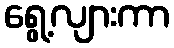
ရွေ့လျားကာ